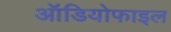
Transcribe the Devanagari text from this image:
ऑडियोफाइल